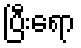
ပြီးရော